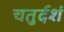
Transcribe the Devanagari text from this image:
चतुर्दशं